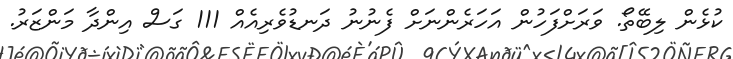
ކުޅެން ލިބޭތޯ. ވަރަށްފަހުން އަހަރެންނަށް ފެނުނު ދަނޑުވެރިއެއް 111 ގަސް އިންދާ މަންޒަރު.